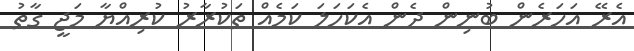
އެރޭ އަހަރެން ބުނިން ދެން އެކަހަލަ ކަމެއް ތަކުރާރު ކުރިއްޔާ މަޖީ ގާތު